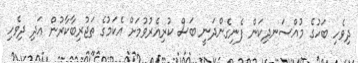
ދިވެހި ބަހުގެ މުއްސަނދިކަން ފެނިގެންދަނީ ބަސް ކުރިއެރުވުމަށް އެކަމުގެ ތަޖުރިބާކާރުން އަދި ދިވެހި